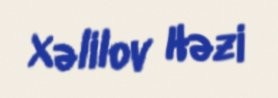
Xəlilov Həzi